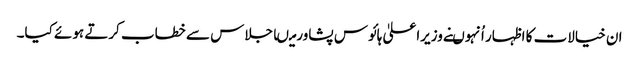
ان خیالات کا اظہار اُنہوںنے وزیراعلیٰ ہائوس پشاورمیںاجلاس سے خطاب کرتے ہوئے کیا۔